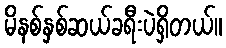
မိနစ်နှစ်ဆယ်ခရီးပဲရှိတယ်။